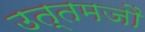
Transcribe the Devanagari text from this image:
उत्तमजौ